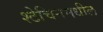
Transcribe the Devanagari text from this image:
श्टेचिनमधील